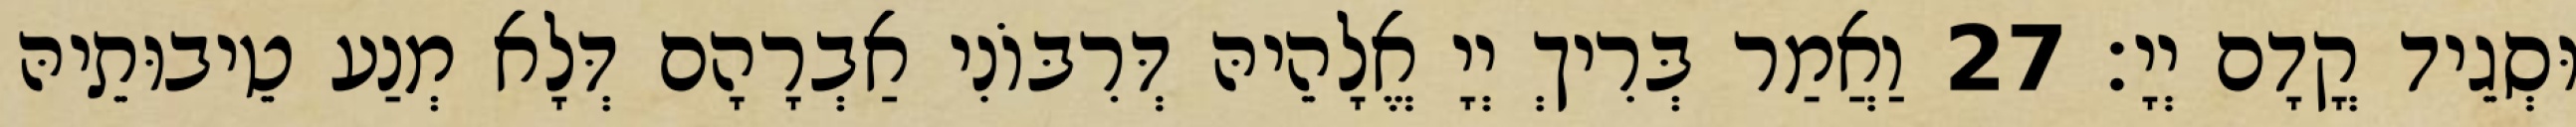
וּסְגֵיד קֳדָם יְיָ׃ 27 וַאֲמַר בְּרִיךְ יְיָ אֱלָהֵיהּ דְּרִבּוֹנִי אַבְרָהָם דְּלָא מְנַע טֵיבוּתֵיהּ